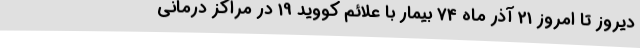
دیروز تا امروز 21 آذر ماه 74 بیمار با علائم کووید 19 در مراکز درمانی